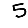
Digit: 5